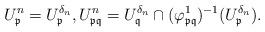
LaTeX: \begin{align*}U^n_{\frak p} = U_{\frak p}^{\delta_n}, U^n_{\frak p\frak q} = U_{\frak q}^{\delta_n} \cap (\varphi^{1}_{\frak p\frak q})^{-1}(U_{\frak p}^{\delta_n}).\end{align*}